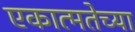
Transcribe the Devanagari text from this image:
एकात्मतेच्या